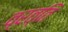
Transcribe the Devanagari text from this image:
व्रत्ति